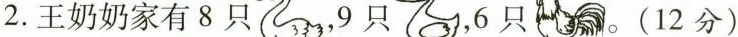
2.王奶奶家有8只 ，9只 ，6只 。(12分)